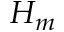
H _ { m }